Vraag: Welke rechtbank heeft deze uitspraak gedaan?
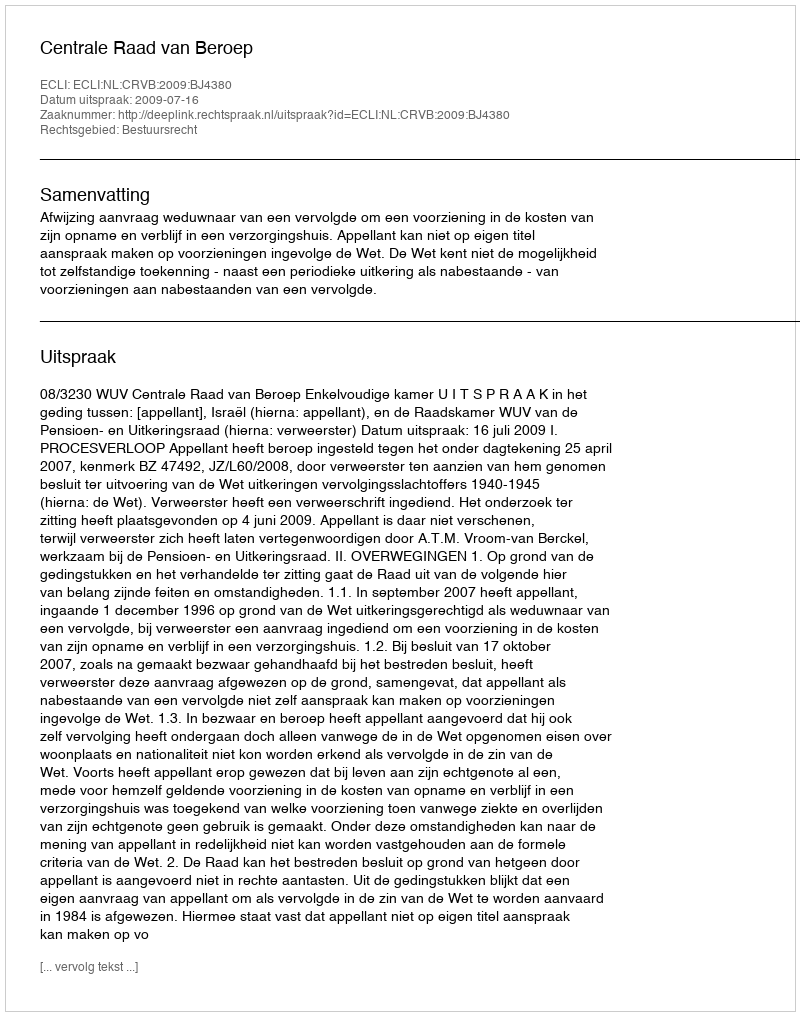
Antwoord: Centrale Raad van Beroep